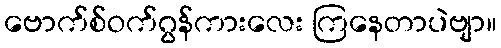
ဗောက်စ်ဝက်ဂွန်ကားလေး ကြနေတာပဲဗျာ။